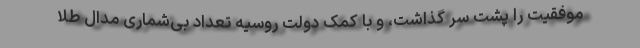
موفقیت را پشت سر گذاشت، و با کمک دولت روسیه تعداد بی‌شماری مدال طلا